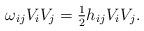
LaTeX: \begin{align*}\omega_{ij} V_i V_j = \tfrac{1}{2} h_{ij} V_i V_j.\end{align*}